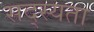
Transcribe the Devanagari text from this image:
सद्स्यता